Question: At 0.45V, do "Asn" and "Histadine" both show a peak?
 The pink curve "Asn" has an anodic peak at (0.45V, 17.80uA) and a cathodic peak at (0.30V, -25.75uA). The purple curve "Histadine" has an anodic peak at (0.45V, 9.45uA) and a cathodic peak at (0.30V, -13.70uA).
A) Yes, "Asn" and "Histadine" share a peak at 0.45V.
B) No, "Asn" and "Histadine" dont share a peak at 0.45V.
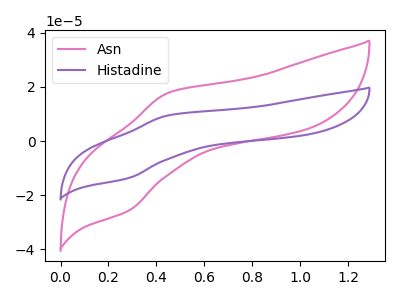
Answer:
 <answer>A) Yes, "Asn" and "Histadine" share a peak at 0.45V.</answer>
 <eval>A</eval>